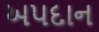
અપદાન